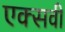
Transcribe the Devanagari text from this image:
एक्सवी